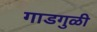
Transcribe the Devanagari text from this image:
गाडगुळी